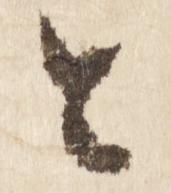
と